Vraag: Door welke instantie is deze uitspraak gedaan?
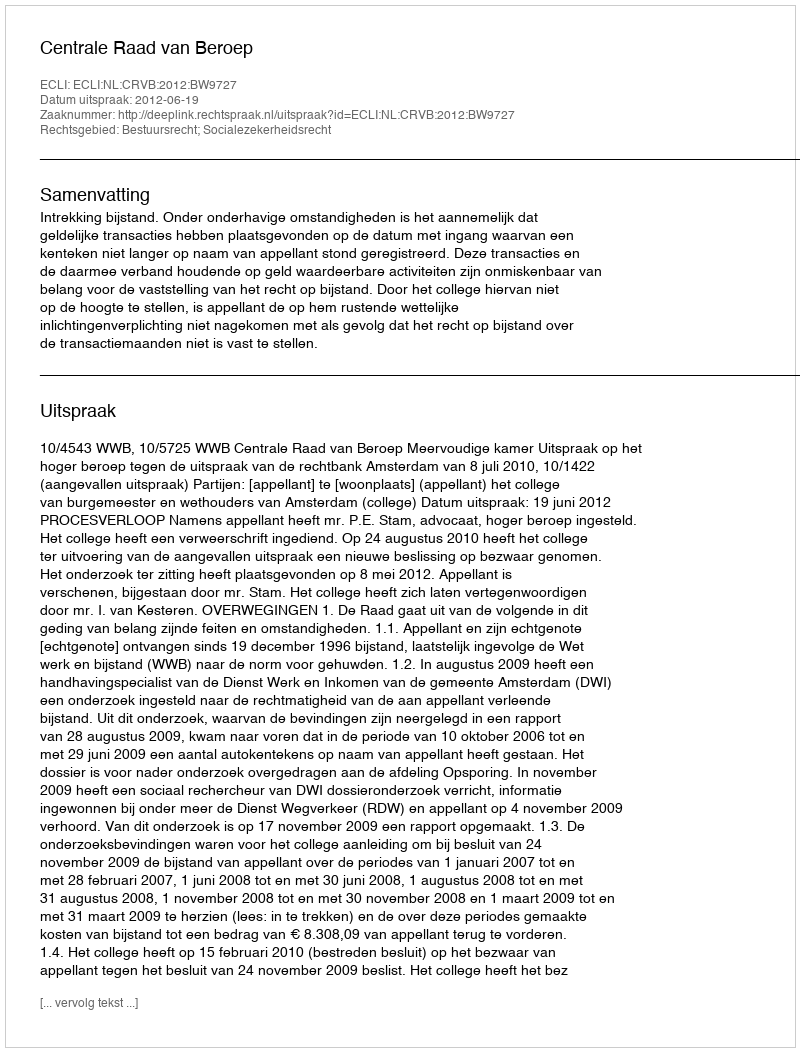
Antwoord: Centrale Raad van Beroep